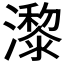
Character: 𤂱